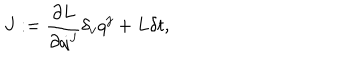
{ J } : = \frac { \partial { L } } { \partial \dot { q } ^ { j } } \delta _ { v } q ^ { j } + { L } \delta t ,